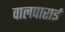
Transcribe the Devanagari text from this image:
वालपाराई